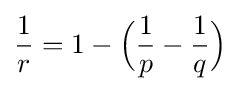
{\frac {1}{r}}=1-{\Big (}{\frac {1}{p}}-{\frac {1}{q}}{\Big )}